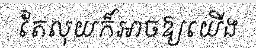
តែលុយក៏អាចឱ្យយើង